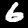
Label: 6